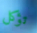
تؤكل